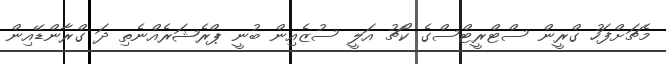
މެޗަށްފަހު ގްރީން ސްޓްރީޓްސްގެ ކޯޗު އަލީ ސުޒެއިން ބުނީ ޕްރެޝަރެއްނެތި ދަ ގްރާންޑޭއިން